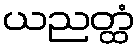
ယညတ္ထံ